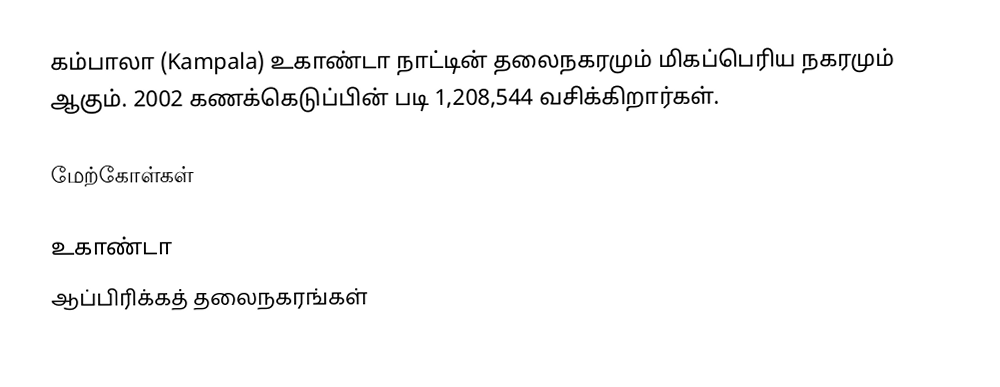
கம்பாலா (Kampala) உகாண்டா நாட்டின் தலைநகரமும் மிகப்பெரிய நகரமும் ஆகும். 2002 கணக்கெடுப்பின் படி 1,208,544 வசிக்கிறார்கள்.

மேற்கோள்கள்

உகாண்டா
ஆப்பிரிக்கத் தலைநகரங்கள்